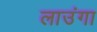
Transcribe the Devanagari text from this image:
लाउंगा